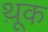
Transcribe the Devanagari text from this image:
थ़ूक